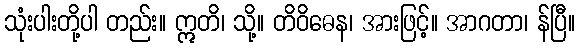
သုံးပါးတို့ပါ တည်း။ ဣတိ၊ သို့။ တိဝိဓေန၊ အားဖြင့်။ အာဂတာ၊ န်ပြီ။